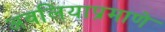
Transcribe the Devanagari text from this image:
अवलियाप्रमाणे